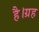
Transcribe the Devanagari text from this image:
है।ग्रह